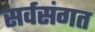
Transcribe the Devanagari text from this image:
सर्वसंगत